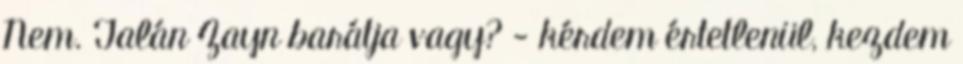
Nem. Talán Zayn barátja vagy? - kérdem értetlenül, kezdem